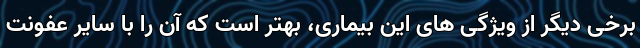
برخی دیگر از ویژگی های این بیماری، بهتر است که آن را با سایر عفونت